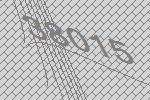
38015